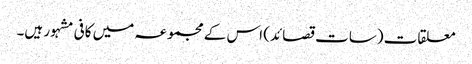
معلقات (سات قصائد) اس کے مجموعہ میں کافی مشہور ہیں۔